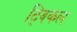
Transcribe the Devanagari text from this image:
ट्विकल